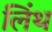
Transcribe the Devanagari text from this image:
लिंथ